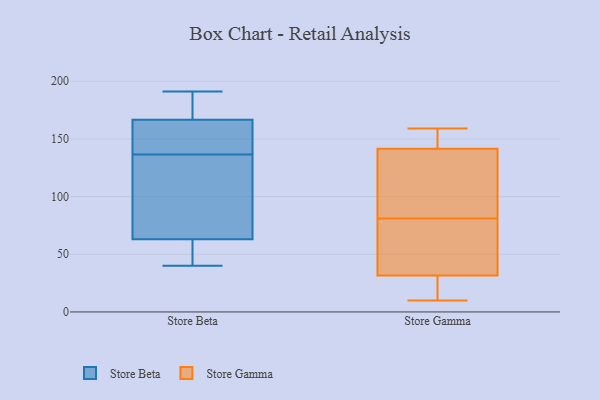
{"axis": {"x": "Inventory Turnover", "y": "Value"}, "legend": ["Store Beta", "Store Gamma"], "data": [{"x": "", "y": 79, "type": "Store Beta"}, {"x": "", "y": 134, "type": "Store Beta"}, {"x": "", "y": 40, "type": "Store Beta"}, {"x": "", "y": 139, "type": "Store Beta"}, {"x": "", "y": 187, "type": "Store Beta"}, {"x": "", "y": 40, "type": "Store Beta"}, {"x": "", "y": 56, "type": "Store Beta"}, {"x": "", "y": 146, "type": "Store Beta"}, {"x": "", "y": 176, "type": "Store Beta"}, {"x": "", "y": 191, "type": "Store Beta"}, {"x": "", "y": 70, "type": "Store Beta"}, {"x": "", "y": 157, "type": "Store Beta"}, {"x": "", "y": 24, "type": "Store Gamma"}, {"x": "", "y": 81, "type": "Store Gamma"}, {"x": "", "y": 134, "type": "Store Gamma"}, {"x": "", "y": 122, "type": "Store Gamma"}, {"x": "", "y": 77, "type": "Store Gamma"}, {"x": "", "y": 155, "type": "Store Gamma"}, {"x": "", "y": 49, "type": "Store Gamma"}, {"x": "", "y": 13, "type": "Store Gamma"}, {"x": "", "y": 26, "type": "Store Gamma"}, {"x": "", "y": 148, "type": "Store Gamma"}, {"x": "", "y": 159, "type": "Store Gamma"}, {"x": "", "y": 10, "type": "Store Gamma"}, {"x": "", "y": 48, "type": "Store Gamma"}, {"x": "", "y": 140, "type": "Store Gamma"}, {"x": "", "y": 142, "type": "Store Gamma"}]}